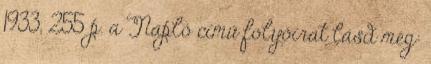
1933, 255 p. a Napló című folyóirat lásd még: